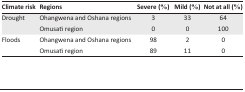
<table><thead><tr><td><b>Climate risk</b></td><td><b>Regions</b></td><td><b>Severe (%)</b></td><td><b>Mild (%)</b></td><td><b>Not at all (%)</b></td></tr></thead><tbody><tr><td>Drought</td><td>Ohangwena and Oshana regions</td><td>3</td><td>33</td><td>64</td></tr><tr><td></td><td>Omusati region</td><td>0</td><td>0</td><td>100</td></tr><tr><td>Floods</td><td>Ohangwena and Oshana regions</td><td>98</td><td>2</td><td>0</td></tr><tr><td></td><td>Omusati region</td><td>89</td><td>11</td><td>0</td></tr></tbody></table>